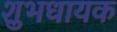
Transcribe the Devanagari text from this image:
शुभधायक